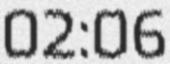
02:06